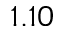
1 . 1 0